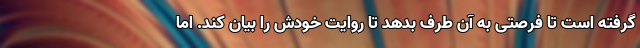
گرفته است تا فرصتی به آن طرف بدهد تا روایت خودش را بیان کند. اما